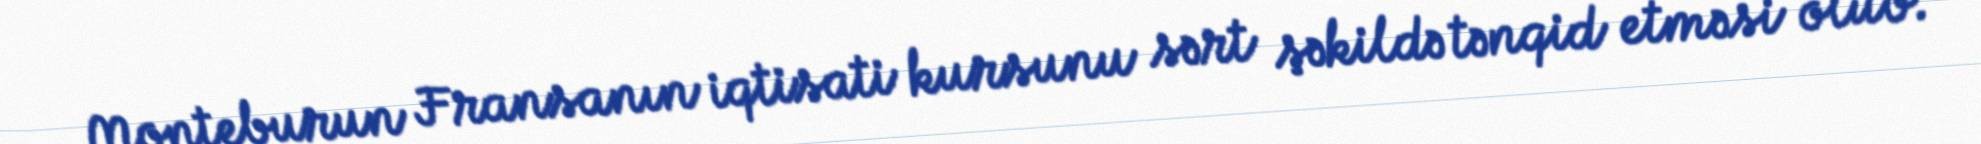
Monteburun Fransanın iqtisati kursunu sərt şəkildə tənqid etməsi olub.